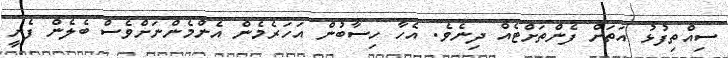
ސިއްތިފުޅު އަތަށް ފެންތަށްޓެއް ދިނެވެ. އެހާ ހިސާބުން އަހަރެމެން އެންމެންނަށްވެސް ބެލެން ފެށީ